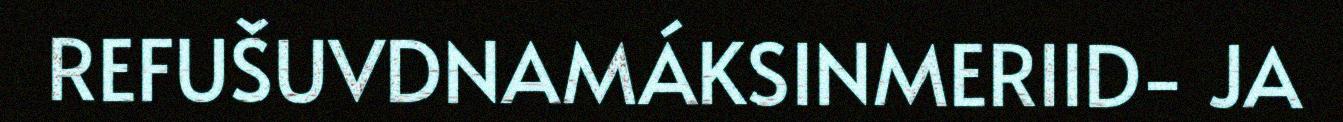
REFUŠUVDNAMÁKSINMERIID- JA